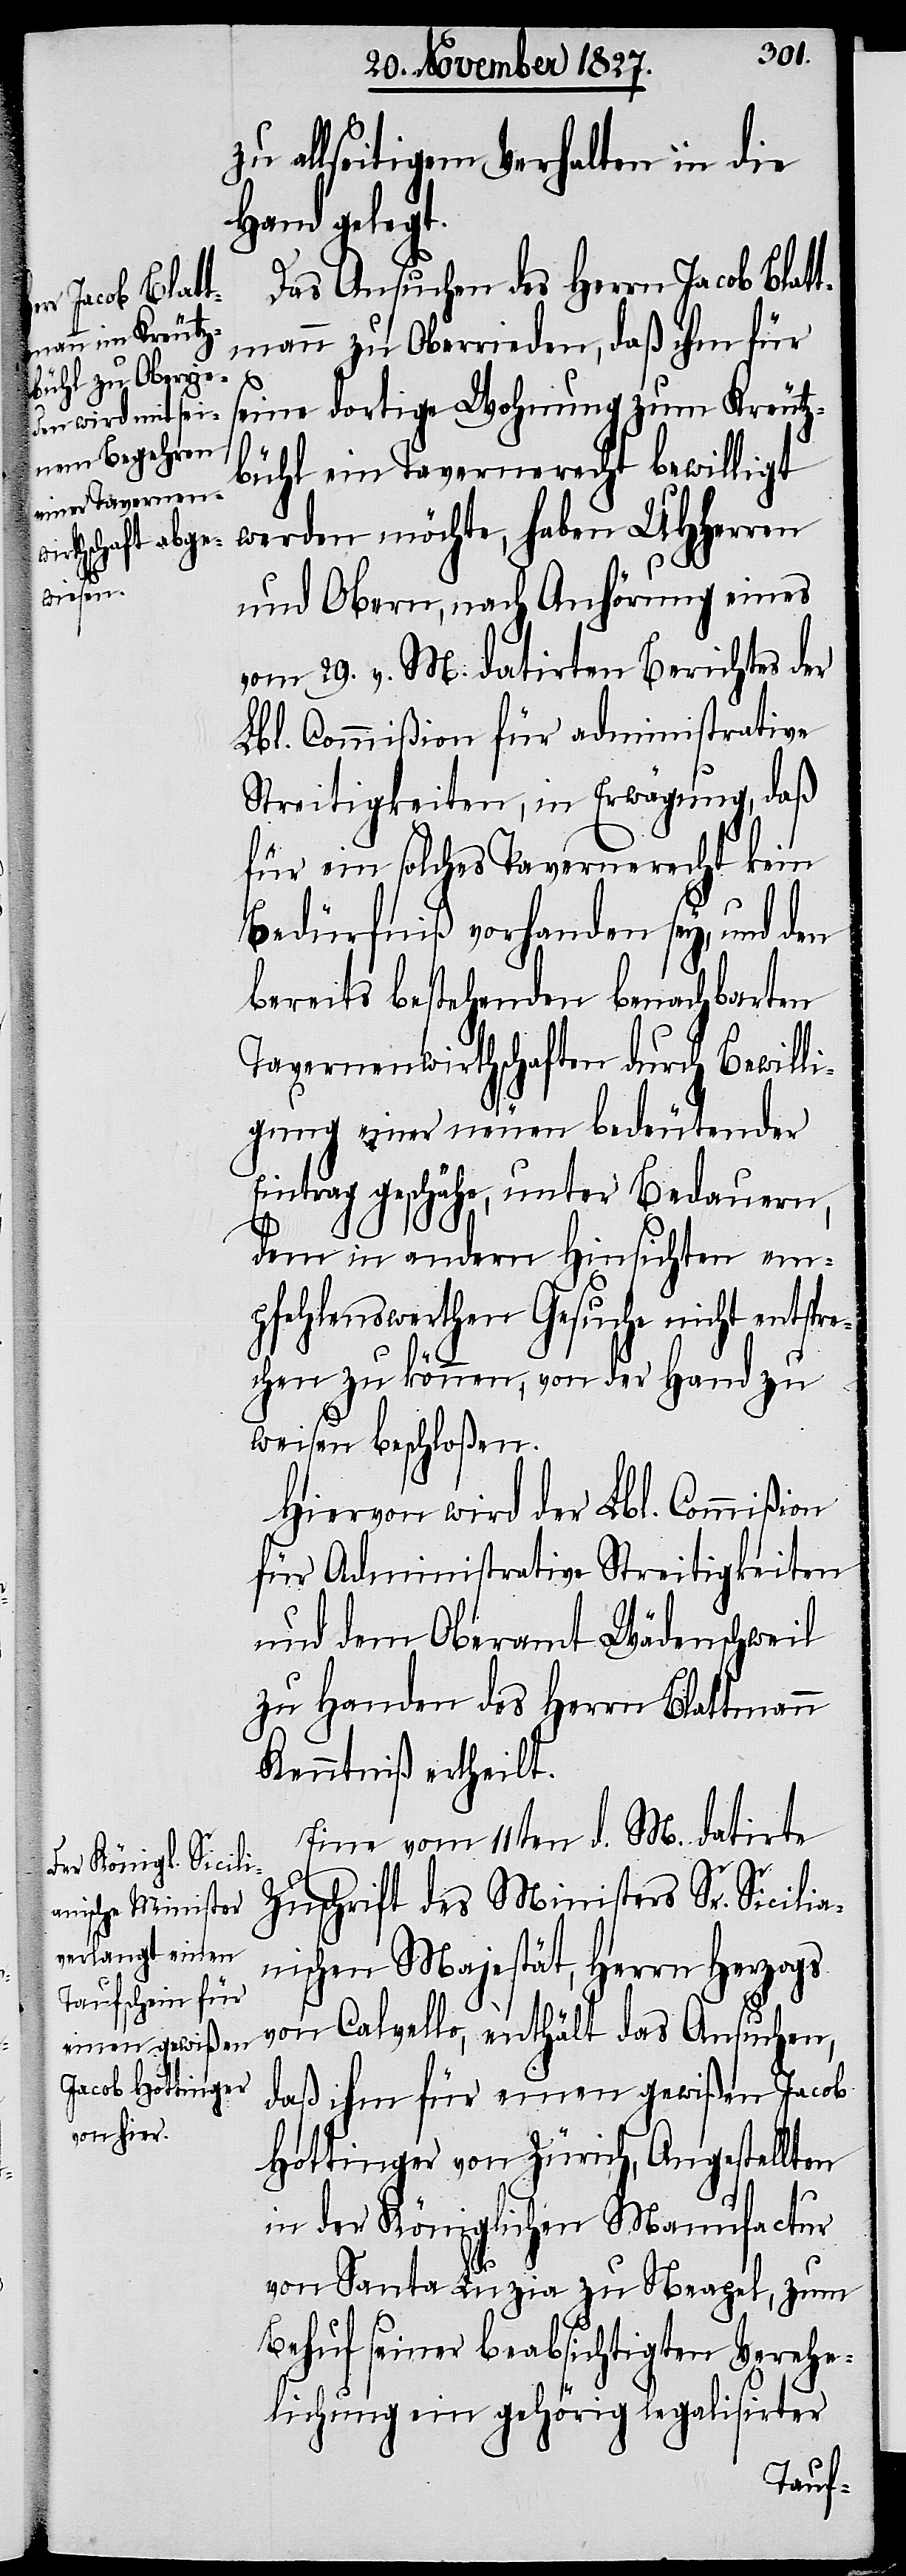
zu allseitigem Verhalten in die
Hand gelegt.
Das Ansuchen des Herrn Jacob Blat¬
tmann zu Oberrieden, daß ihm für
seine dortige Wohnung zum Kreutz¬
bühl ein Tavernerecht bewilligt
werden möchte, haben UHHerren
und Obern, nach Anhörung eines
vom 29. v. M. datirten Berichtes der
Lbl. Commißion für administrative
Streitigkeiten, in Erwägung, daß
für ein solches Tavernerecht kein
Bedürfniß vorhanden sey, und den
bereits bestehenden benachbarten
Tavernenwirthschaften durch Bewill¬
igung einer neuen bedeutender
Eintrag geschähe, unter Bedauern,
dem in andern Hinsichten em¬
pfehlenswerthen Gesuche nicht entspre¬
chen zu können, von der Hand zu
weisen beschloßen.
Hiervon wird der Lbl. Commißion
für Administrative Streitigkeiten
und dem Oberamt Wädenschweil
zu Handen des Herrn Blattmann
Kenntniß ertheilt.
Eine vom 11ten d. M. datirte
Zuschrift des Ministers Sr. Sicilia¬
nischen Majestät, Herrn Herzogs
von Calvello, enthält das Ansuchen,
daß ihm für einen gewißen Jacob
Hottinger von Zürich, Angestellten
in der Königlichen Manufactur
von Santa Luzia zu Neapel, zum
Behuf seiner beabsichtigten Verehe¬
lichung ein gehörig legalisirter